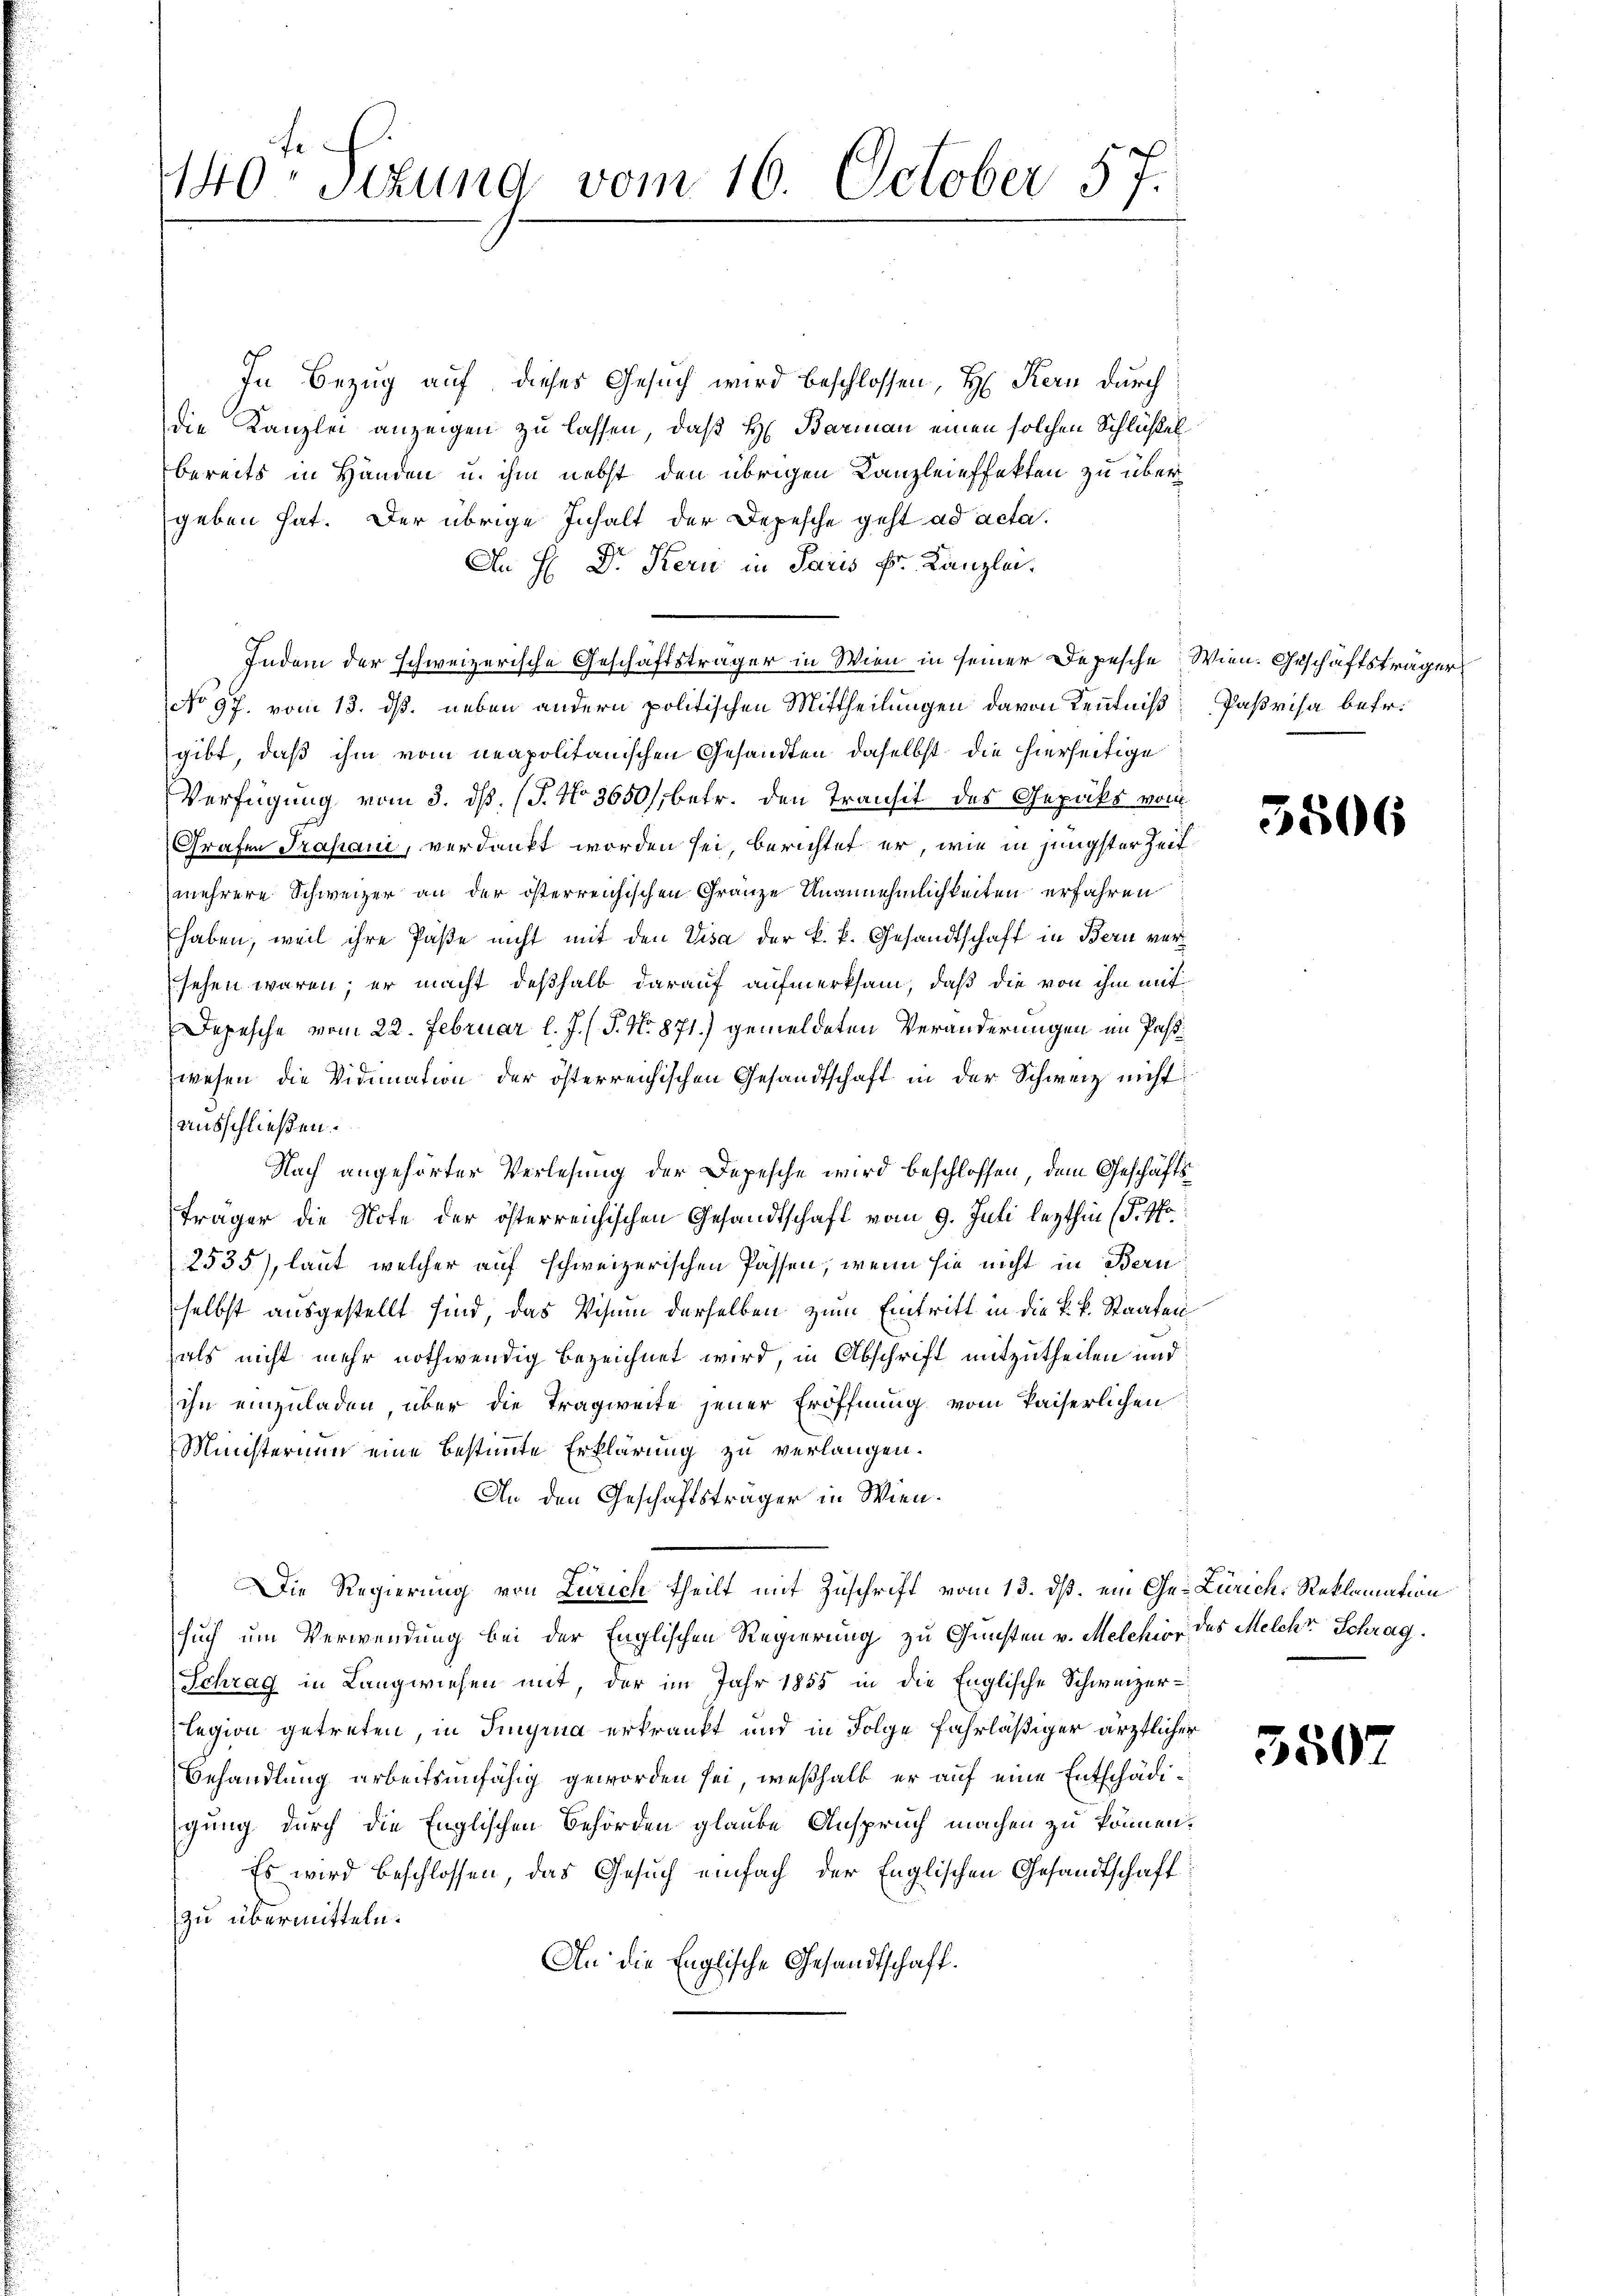
In Bezug auf dieses Gesuch wird beschlossen, H. Kern durch
die Kanzlei anzeigen zu lassen, daß H. Barmann einen solchen Schlüßel
bereits in Händen u. ihm nebst den übrigen Kanzleieffekten zu übergeben hat. Der übrige Inhalt der Depesche geht ad acta.
An H: Dr. Kern in Paris Dr. Kanzlei.
Indem der schweizerische Geschäftsträger in Wien in seiner Depesche Wien. Geschäftsträger
No 97. vom 13. dß. neben andern politischen Mittheilungen davon Kenntniß: Parisa betr.
gibt, daß ihm vom neapolitanischen Gesandten daselbst die hierseitige
Verfügung vom 3. ds. (T. No 3650/, betr. den Transit des Gepäcks vom
Grafen Trasani, verdankt worden sei, berichtet er, wie in jüngster Zeitmehrere Schweizer an der österreichischen Gränze Ungenehmlichkeiten erfahren
haben, weil ihre Paße nicht mit den Visa der k. k. Gesandtschaft in Bern versehen wären; er macht deßhalb darauf aufmerksam, daß die von ihm mit
Depesche vom 22. Februar l. J. (T. No 871.) gemeldeten Veränderungen im Passwesen die Vidimation der österreichischen Gesandtschaft in der Schweiz nicht
ausschließen.
Nach angehörter Verlesung der Depesche wird beschlossen, dem Geschäftsträger die Note der österreichischen Gesandtschaft vom 9. Juli lezthin (T. 4to
2535), laut welcher auf schweizerischen Passen, wenn sie nicht in Bern
selbst ausgestellt sind, das Visum derselben zum Eintritt in die k. k. Staaten
als nicht mehr nothwendig bezeichnet wird, in Abschrift mitzutheilen und
ihn einzuladen über die Tragweite jener Eröffnung vom Kaiserlichen
Ministerium eine bestimmte Erklärung zu verlangen.
An den Geschäftsträger in Wien.
Die Regierung von Zürich theilt mit Zuschrift vom 13. ds. ein Ge-Zürich, Reklamation
such um Verwendung bei der Englischen Regierung zu Gunsten v. Melchior des Melche Schrag.
Schrag in Langwiesen mit, der im Jahr 1855 in die Englische Schweizer-
legion getreten, in Tinyrua erkrankt und in Folge fahrläßiger ärztlicher
Behandlung arbeitsunfähig geworden sei, weßhalb er auf eine Entschädigung durch die Englischen Behörden glaube Anspruch machen zu können.
Es wird beschlossen, das Gesuch einfach der Englischen Gesandtschaft
zu übermitteln.
An die Englische Gesandtschaft.

140. Situng vom 16. October 57.

5506

3507